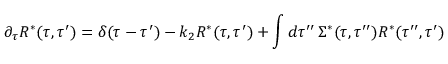
\partial _ { \tau } R ^ { * } ( \tau , \tau ^ { \prime } ) = \delta ( \tau - \tau ^ { \prime } ) - k _ { 2 } R ^ { * } ( \tau , \tau ^ { \prime } ) + \int d \tau ^ { \prime \prime } \, \Sigma ^ { * } ( \tau , \tau ^ { \prime \prime } ) R ^ { * } ( \tau ^ { \prime \prime } , \tau ^ { \prime } )